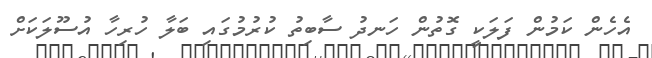
އެހެން ކަމުން ފަލަކީ ގޮތުން ހަނދު ސާބިތު ކުރުމުގައި ބަލާ ހުރިހާ އުސޫލަކަށް